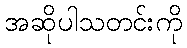
အဆိုပါသတင်းကို